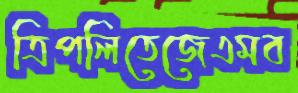
ত্রিপলিতেজেএমব